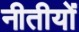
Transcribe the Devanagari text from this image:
नीतीयों